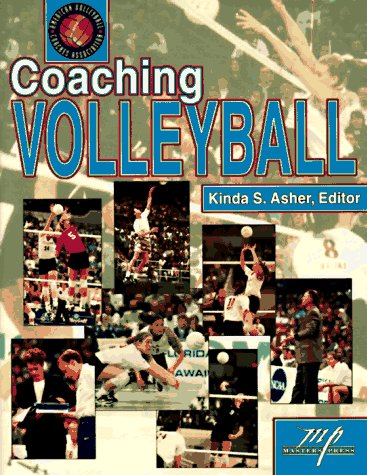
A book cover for Coaching Volleyball; The American Volleyball Coaches Association; Sports & Outdoors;